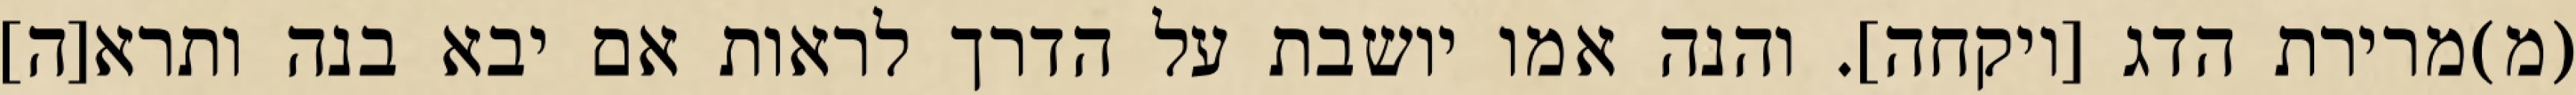
(מ)מרירת הדג [ויקחה]. והנה אמו יושבת על הדרך לראות אם יבא בנה ותרא[ה]